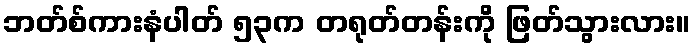
ဘတ်စ်ကားနံပါတ် ၅၃က တရုတ်တန်းကို ဖြတ်သွားလား။